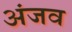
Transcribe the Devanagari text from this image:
अंजव